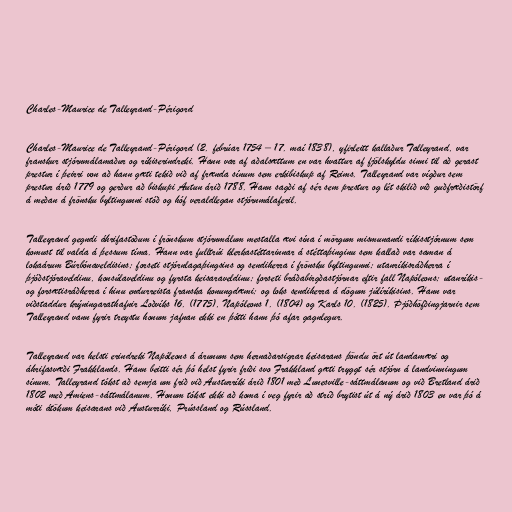
Charles-Maurice de Talleyrand-Périgord

Charles-Maurice de Talleyrand-Périgord (2. febrúar 1754 – 17. maí 1838), yfirleitt kallaður Talleyrand, var
franskur stjórnmálamaður og ríkiserindreki. Hann var af aðalsættum en var hvattur af fjölskyldu sinni til að gerast
prestur í þeirri von að hann gæti tekið við af frænda sínum sem erkibiskup af Reims. Talleyrand var vígður sem
prestur árið 1779 og gerður að biskupi Autun árið 1788. Hann sagði af sér sem prestur og lét skilið við guðfræðistörf
á meðan á frönsku byltingunni stóð og hóf veraldlegan stjórnmálaferil.

Talleyrand gegndi áhrifastöðum í frönskum stjórnmálum mestalla ævi sína í mörgum mismunandi ríkisstjórnum sem
komust til valda á þessum tíma. Hann var fulltrúi klerkastéttarinnar á stéttaþinginu sem kallað var saman á
lokaárum Búrbónaveldisins; forseti stjórnlagaþingsins og sendiherra í frönsku byltingunni; utanríkisráðherra í
þjóðstjóraveldinu, konsúlaveldinu og fyrsta keisaraveldinu; forseti bráðabirgðastjórnar eftir fall Napóleons; utanríkis-
og forsætisráðherra í hinu endurreista franska konungdæmi; og loks sendiherra á dögum júlíríkisins. Hann var
viðstaddur krýningarathafnir Loðvíks 16. (1775), Napóleons 1. (1804) og Karls 10. (1825). Þjóðhöfðingjarnir sem
Talleyrand vann fyrir treystu honum jafnan ekki en þótti hann þó afar gagnlegur.

Talleyrand var helsti erindreki Napóleons á árunum sem hernaðarsigrar keisarans þöndu ört út landamæri og
áhrifasvæði Frakklands. Hann beitti sér þó helst fyrir friði svo Frakkland gæti tryggt sér stjórn á landvinningum
sínum. Talleyrand tókst að semja um frið við Austurríki árið 1801 með Lunesville-sáttmálanum og við Bretland árið
1802 með Amiens-sáttmálanum. Honum tókst ekki að koma í veg fyrir að stríð brytist út á ný árið 1803 en var þó á
móti átökum keisarans við Austurríki, Prússland og Rússland.